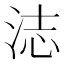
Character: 𬇨